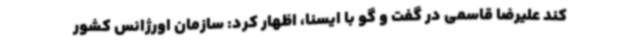
کند علیرضا قاسمی در گفت و گو با ایسنا، اظهار کرد: سازمان اورژانس کشور